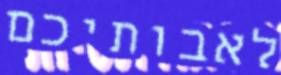
לאבותיכם